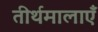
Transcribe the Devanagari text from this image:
तीर्थमालाएँ